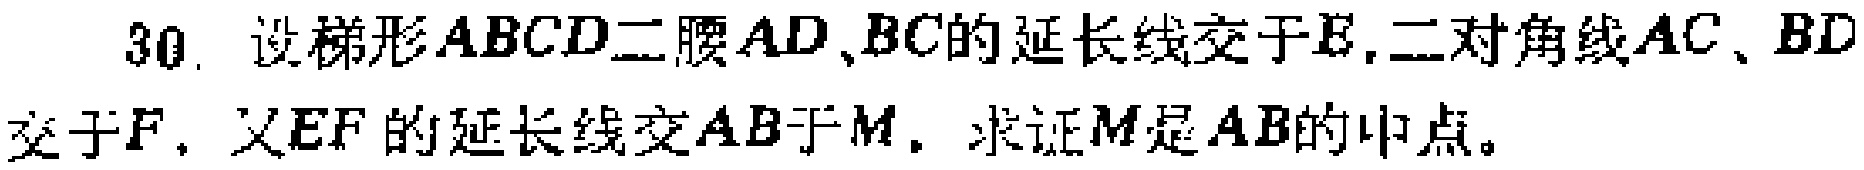
30. 设梯形\(ABCD\)二腰\(AD\)、\(BC\)的延长线交于\(E\)，二对角线\(AC\)、\(BD\)交于\(F\)，又\(EF\)的延长线交\(AB\)于\(M\)。求证\(M\)是\(AB\)的中点。